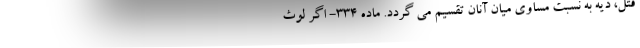
قتل، دیه به نسبت مساوی میان آنان تقسیم می گردد. ماده ۳۳۴- اگر لوث